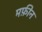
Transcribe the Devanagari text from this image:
मफ़ीन